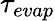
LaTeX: \tau_{evap}